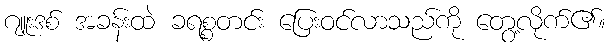
ဂျူးဒစ် အခန်းထဲ ခရစ္စတင်း ပြေးဝင်လာသည်ကို တွေ့လိုက်၏။